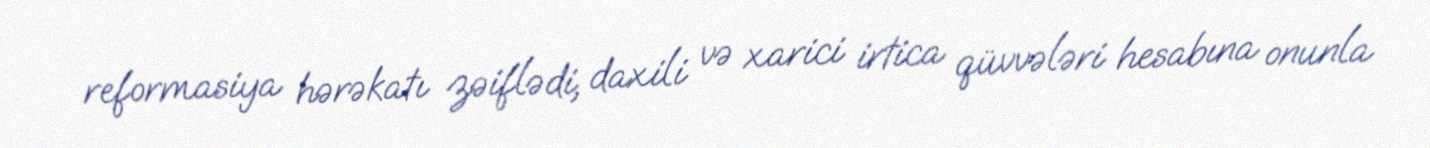
reformasiya hərəkatı zəiflədi, daxili və xarici irtica qüvvələri hesabına onunla